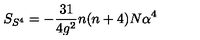
S _ { S ^ { 4 } } = - \frac { 3 1 } { 4 g ^ { 2 } } n ( n + 4 ) N \alpha ^ { 4 }